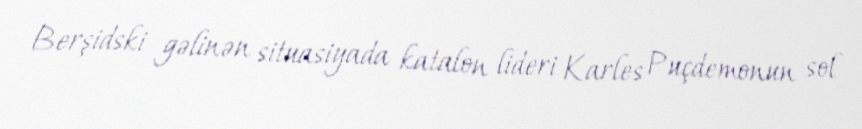
Berşidski gəlinən situasiyada katalon lideri Karles Puçdemonun sol